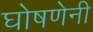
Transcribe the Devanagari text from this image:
घोषणेनी